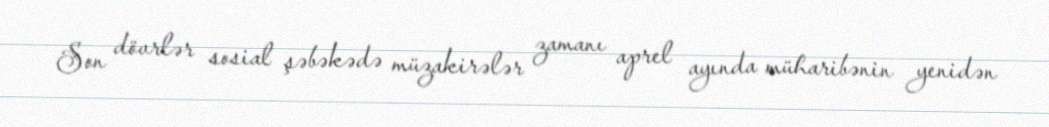
Son dövrlər sosial şəbəkədə müzakirələr zamanı aprel ayında müharibənin yenidən